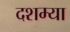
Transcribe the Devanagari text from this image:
दशम्या